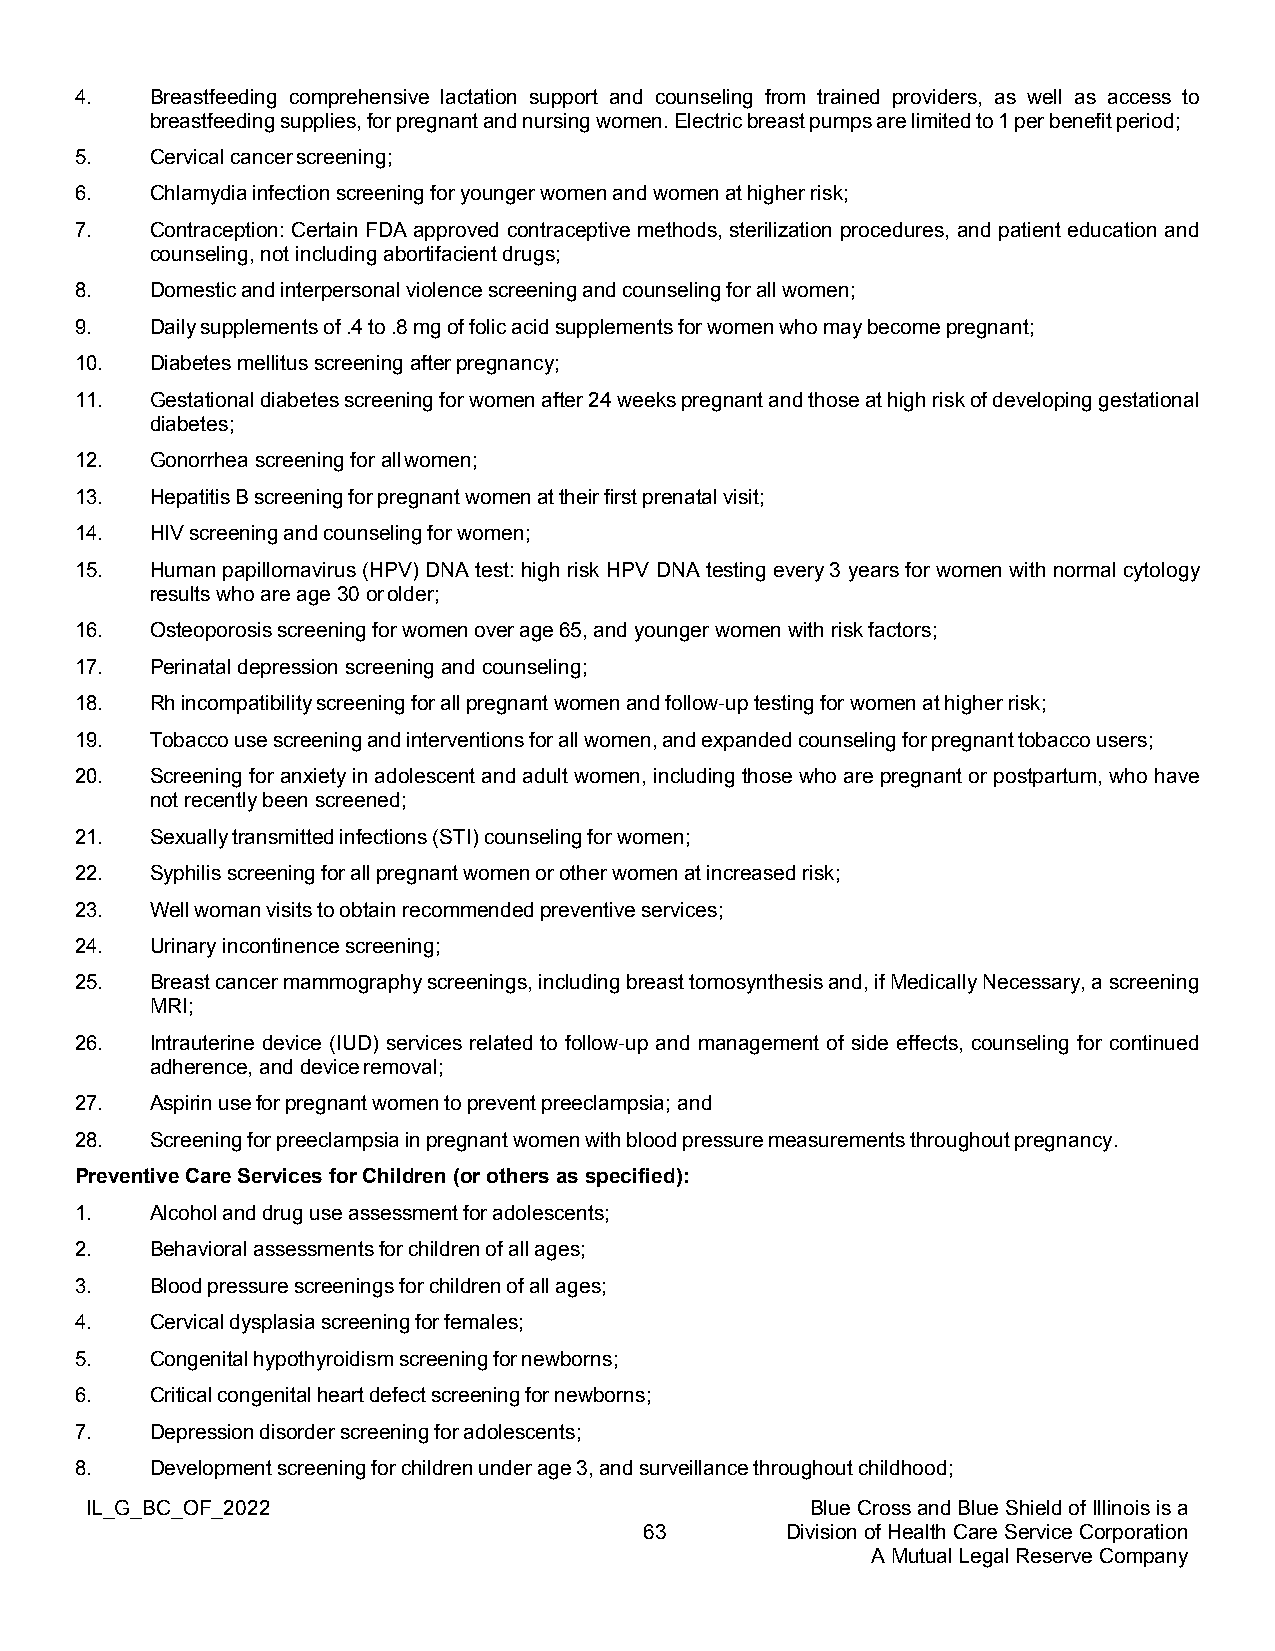
4.   Breastfeeding comprehensive lactation support and counseling from trained providers, as well as access to
 breastfeeding supplies, for pregnant and nursing women. Electric breast pumps are limited to 1 per benefit period;
 5.   Cervical cancer screening;
 6.   Chlamydia infection screening for younger women and women at higher risk;
 7.   Contraception: Certain FDA approved contraceptive methods, sterilization procedures, and patient education and
 counseling, not including abortifacient drugs;
 8.   Domestic and interpersonal violence screening and counseling for all women;
 9.   Daily supplements of .4 to .8 mg of folic acid supplements for women who may become pregnant;
 10.  Diabetes mellitus screening after pregnancy;
 11.  Gestational diabetes screening for women after 24 weeks pregnant and those at high risk of developing gestational
 diabetes;
 12.  Gonorrhea screening for all women;
 13.  Hepatitis B screening for pregnant women at their first prenatal visit;
 14.  HIV screening and counseling for women;
 15.  Human papillomavirus (HPV) DNA test: high risk HPV DNA testing every 3 years for women with normal cytology
 results who are age 30 or older;
 16.  Osteoporosis screening for women over age 65, and younger women with risk factors;
 17.  Perinatal depression screening and counseling;
 18.  Rh incompatibility screening for all pregnant women and follow-up testing for women at higher risk;
 19.  Tobacco use screening and interventions for all women, and expanded counseling for pregnant tobacco users;
 20.  Screening for anxiety in adolescent and adult women, including those who are pregnant or postpartum, who have
 not recently been screened;
 21.  Sexually transmitted infections (STI) counseling for women;
 22.  Syphilis screening for all pregnant women or other women at increased risk;
 23.  Well woman visits to obtain recommended preventive services;
 24.  Urinary incontinence screening;
 25.  Breast cancer mammography screenings, including breast tomosynthesis and, if Medically Necessary, a screening
 MRI;
 26.  Intrauterine device (IUD) services related to follow-up and management of side effects, counseling for continued
 adherence, and device removal;
 27.  Aspirin use for pregnant women to prevent preeclampsia; and
 28.  Screening for preeclampsia in pregnant women with blood pressure measurements throughout pregnancy.
 Preventive Care Services for Children (or others as specified):
 1.   Alcohol and drug use assessment for adolescents;
 2.   Behavioral assessments for children of all ages;
 3.   Blood pressure screenings for children of all ages;
 4.   Cervical dysplasia screening for females;
 5.   Congenital hypothyroidism screening for newborns;
 6.   Critical congenital heart defect screening for newborns;
 7.   Depression disorder screening for adolescents;
 8.   Development screening for children under age 3, and surveillance throughout childhood;
 IL_G_BC_OF_2022                                 Blue Cross and Blue Shield of Illinois is a
 63       Division of Health Care Service Corporation
 A Mutual Legal Reserve Company